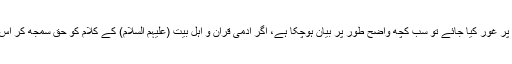
اس کا حل یہ ہے کہ اگر قرآن کریم کی آیات اور اہل بیت (علیہم السلام) کے فرامین پر غور کیا جائے تو سب کچھ واضح طور پر بیان ہوچکا ہے، اگر آدمی قرآن و اہل بیت (علیہم السلام) کے کلام کو حق سمجھ کر اس پر قدم بہ قدم عمل پیرا ہوتا رہے تو یقیناً آخرت کے عذاب سے محفوظ ہوجائے گا۔